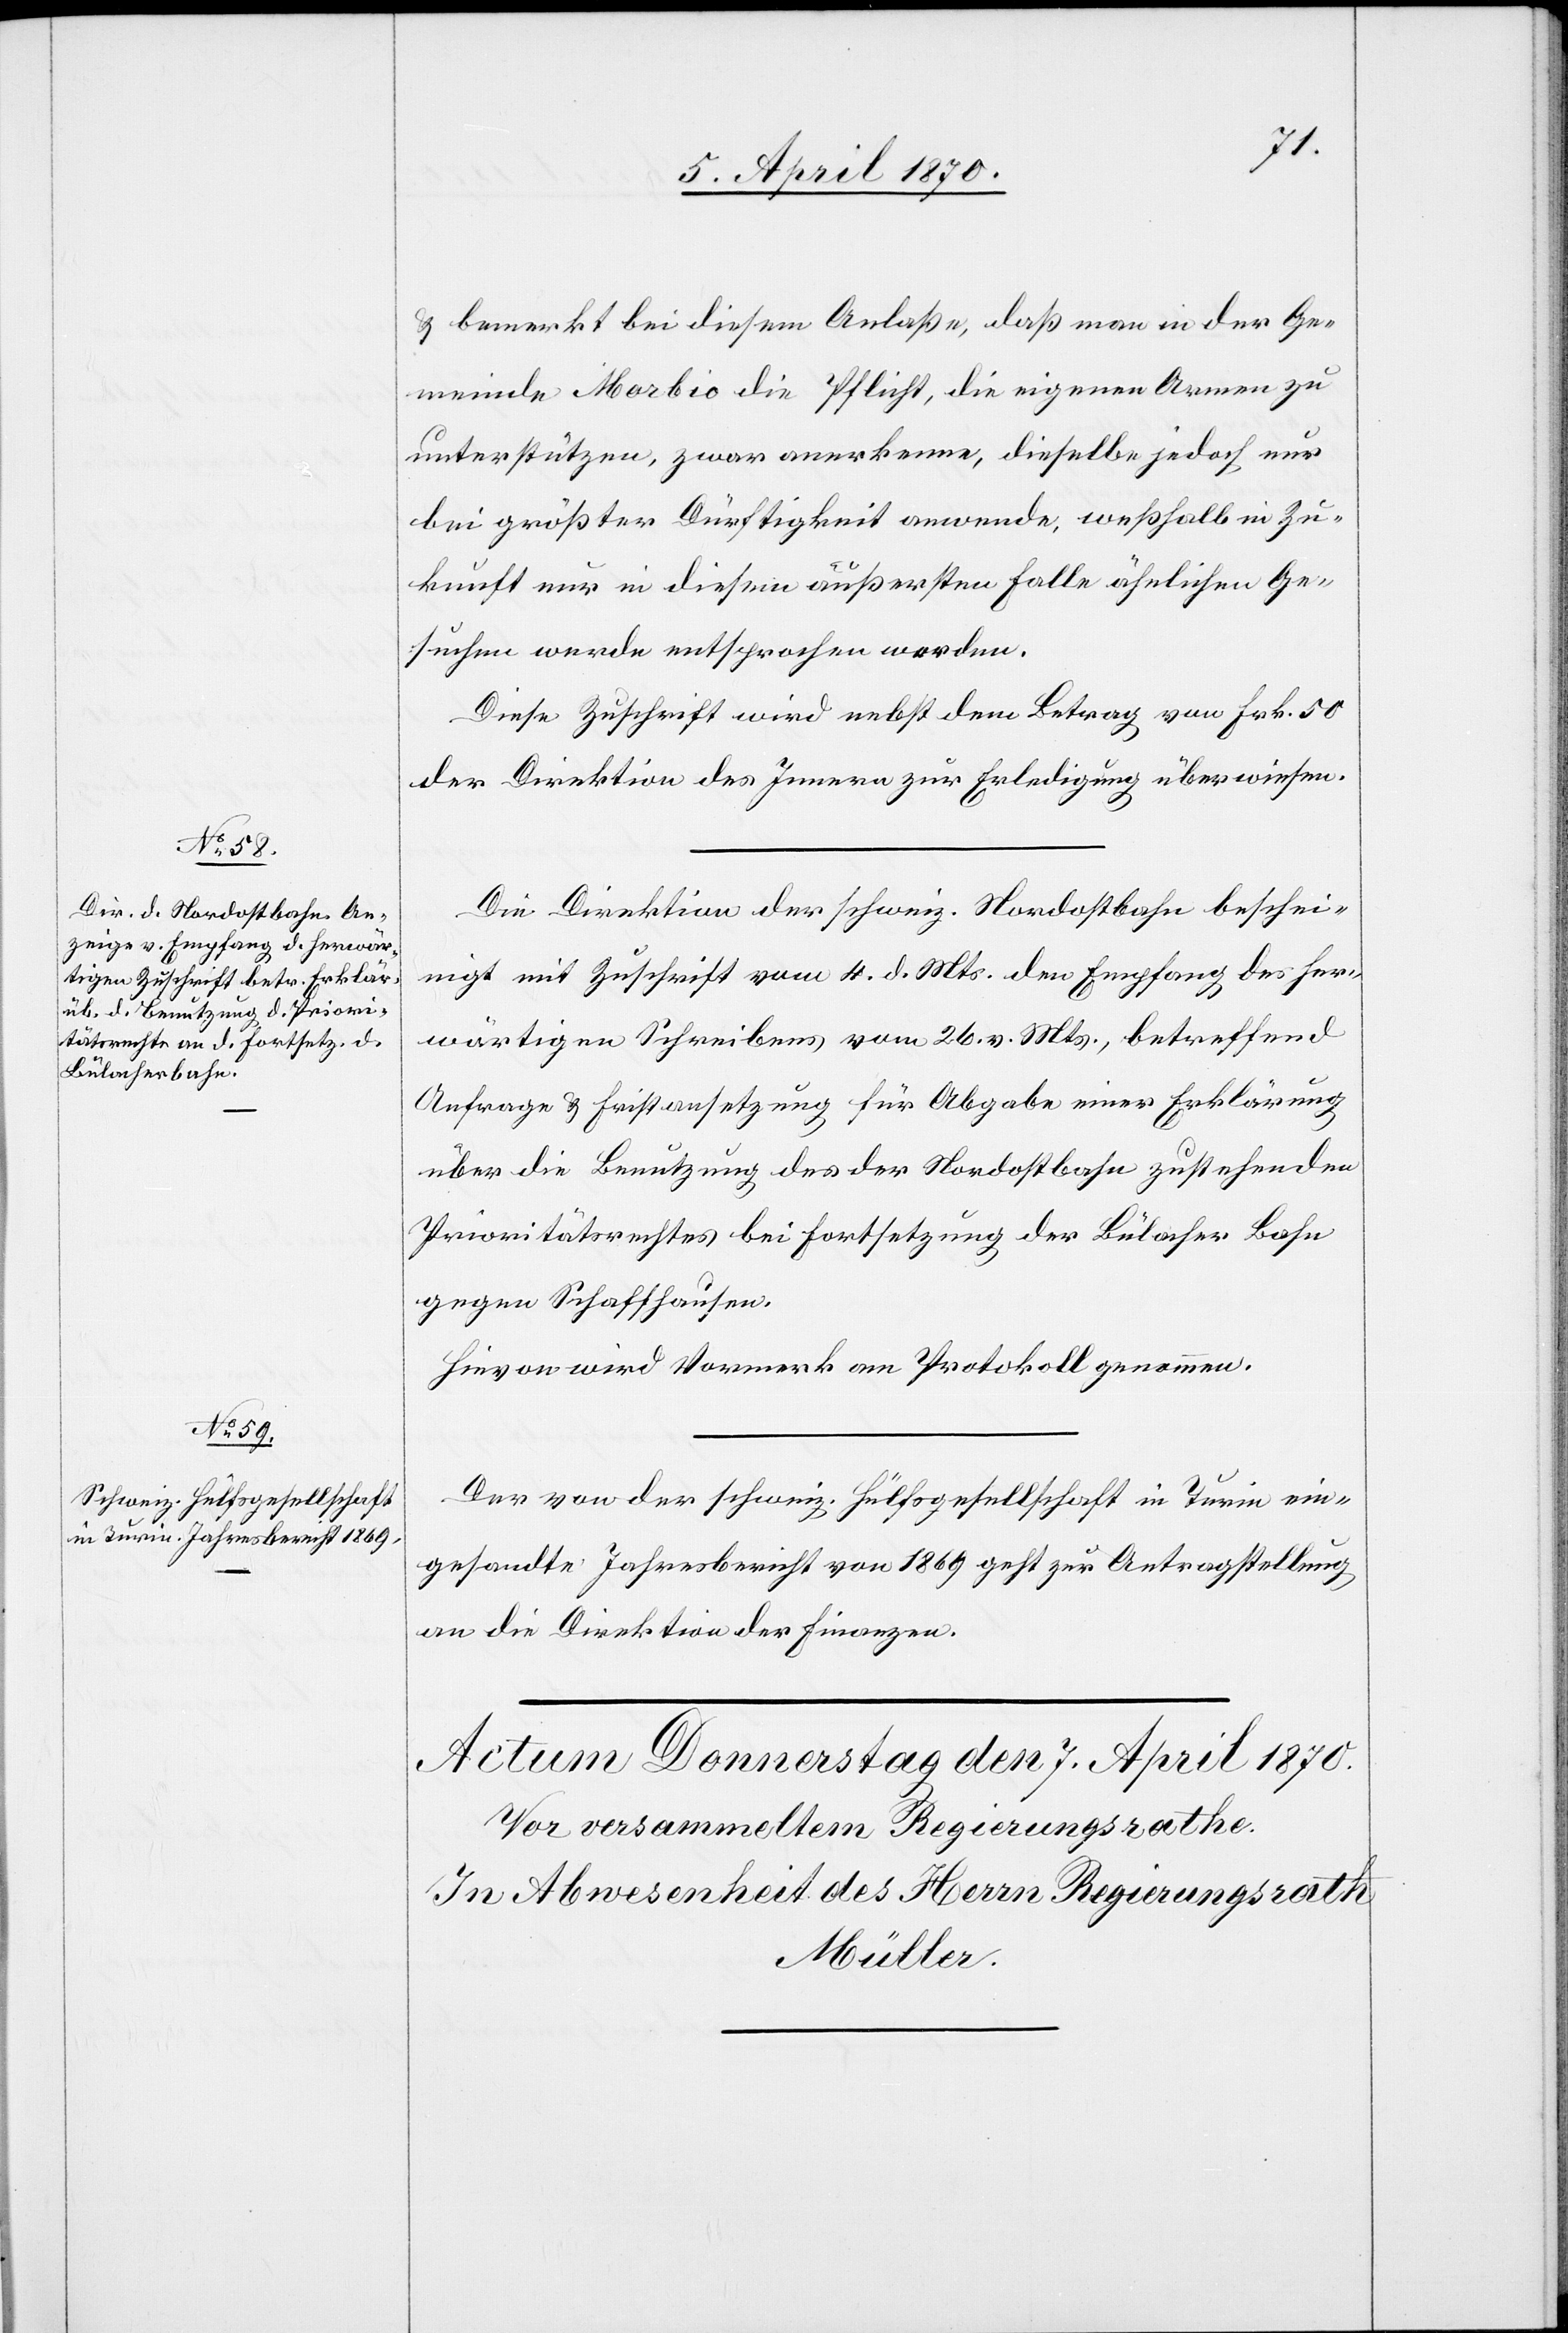
6. April 1870.]
& bemerkt bei diesem Anlaße, daß man in der Ge¬
meinde Morbio die Pflicht, die eigenen Armen zu
unterstützen, zwar anerkenne, dieselbe jedoch nur
bei größter Dürftigkeit anwende, weßhalb in Zu¬
kunft nur in diesem äußersten Falle ähnlichen Ge¬
suchen werde entsprochen werden.
Diese Zuschrift wird nebst dem Betrag von Frk. 50
der Direktion des Innern zur Erledigung überwiesen.
Die Direktion der schweiz. Nordostbahn beschei¬
nigt mit Zuschrift vom 4. d. Mts. den Empfang des her¬
wärtigen Schreibens vom 26. vor. Mts., betreffend
Anfrage & Fristansetzung für Abgabe einer Erklärung
über die Benutzung des der Nordostbahn zustehenden
Prioritätsrechtes bei Fortsetzung der Bülacher Bahn
gegen Schaffhausen.
Hievon wird Vormerk am Protokoll genommen.
Der von der schweiz. Hülfsgesellschaft in Turin ein¬
gesandte Jahresbericht von 1869 geht zur Antragstellung
an die Direktion der Finanzen.